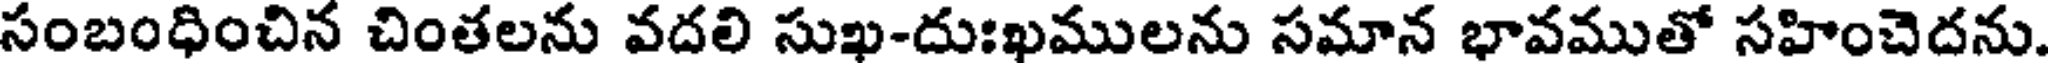
సంబంధించిన చింతలను వదలి సుఖ-దుఃఖములను సమాన భావముతో సహించెదను.